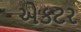
એકટર